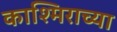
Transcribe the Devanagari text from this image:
काश्मिराच्या